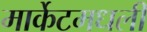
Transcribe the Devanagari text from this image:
मार्केटमधली